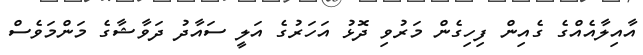
އާއިލާއެއްގެ ގެއިން ފިހިގެން މަރުވި ދޮޅު އަހަރުގެ އަލީ ސައާދު ދަވާޝާގެ މަންމަވެސް